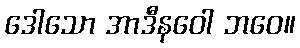
ဒေါသော အာဒီနဝေါ ဘဝေ။